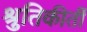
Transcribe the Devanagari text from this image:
श्रुतिकीर्ती